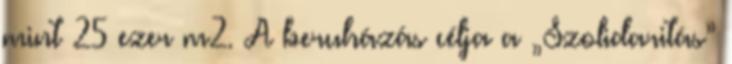
mint 25 ezer m2. A beruházás célja a „Szolidaritás”